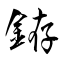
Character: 銌